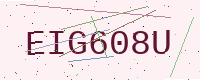
Text: EIG608U